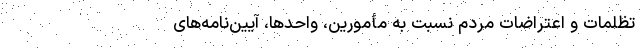
تظلمات‌ و اعتراضات‌ مردم‌ نسبت‌ به‌ مأمورین‌، واحدها، آیین‌نامه‌های‌